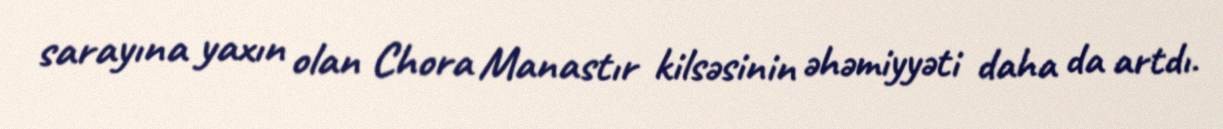
sarayına yaxın olan Chora Manastır kilsəsinin əhəmiyyəti daha da artdı.